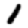
Digit: 1